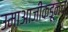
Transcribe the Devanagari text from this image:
उमाआजीकडूनच